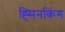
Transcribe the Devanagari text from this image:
ह्सिनकिंग